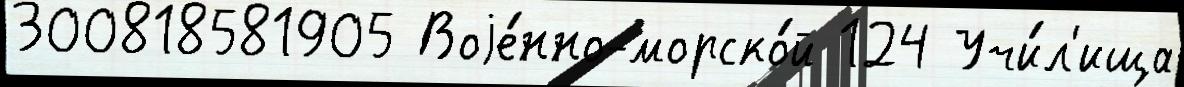
300818581905 Воjе́нно-морско́й 124 Учи́л'ища